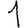
Digit: 1